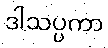
ဒါသပ္ပကာ